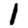
Digit: 1